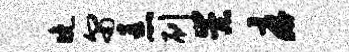
晚匍恚刷崇厚